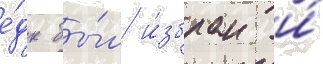
е́дк бы́л и́збран и́